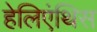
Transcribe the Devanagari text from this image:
हेलिएंथिस